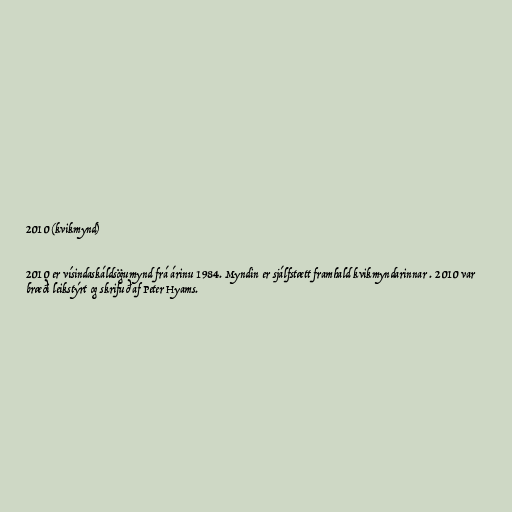
2010 (kvikmynd)

2010 er vísindaskáldsögumynd frá árinu 1984. Myndin er sjálfstætt framhald kvikmyndarinnar . 2010 var
bræði leikstýrt og skrifuð af Peter Hyams.